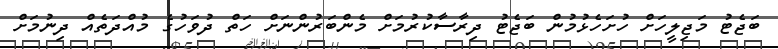
ބަޖެޓު މަޖިލީހަށް ހުށަހެޅުމުން ބަޖެޓު ދިރާސާކުރުމަށް މެންބަރުންނަށް ހަތް ދުވަހުގެ މުއްދަތެއް ދިނުމަށް